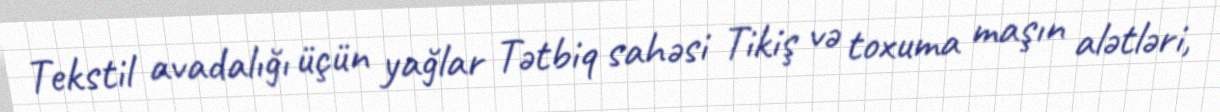
Tekstil avadalığı üçün yağlar Tətbiq sahəsi Tikiş və toxuma maşın alətləri,